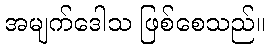
အမျက်ဒေါသ ဖြစ်စေသည်။